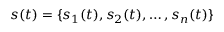
s ( t ) = \{ s _ { 1 } ( t ) , s _ { 2 } ( t ) , \dots , s _ { n } ( t ) \}